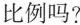
比例吗?